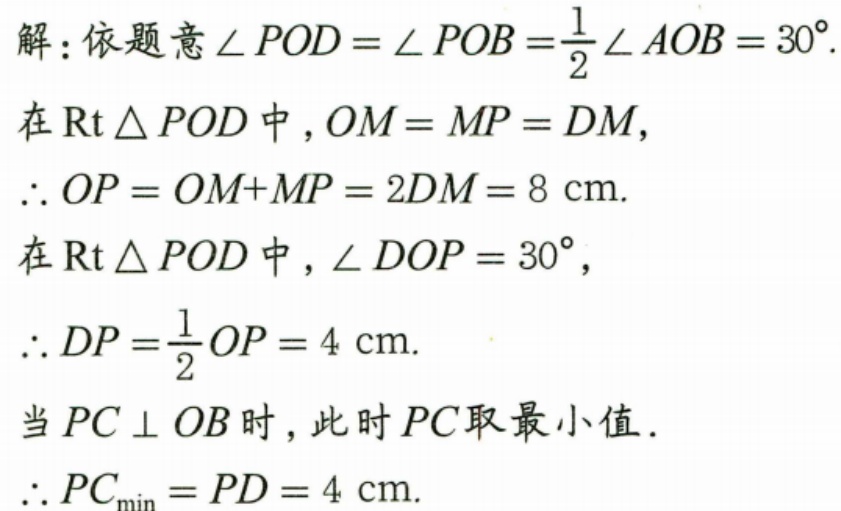
解：依题意\(\angle POD=\angle POB = \frac{1}{2}\angle AOB = 30^{\circ}\).
在\(\text{Rt}\triangle POD\)中，\(OM = MP = DM\)，
\(\therefore OP=OM + MP = 2DM = 8\mathrm{cm}\).
在\(\text{Rt}\triangle POD\)中，\(\angle DOP = 30^{\circ}\)，
\(\therefore DP=\frac{1}{2}OP = 4\mathrm{cm}\).
当\(PC\perp OB\)时，此时\(PC\)取最小值.
\(\therefore PC_{\min}=PD = 4\mathrm{cm}\).